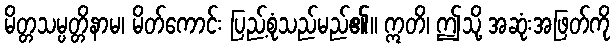
မိတ္တသမ္ပတ္တိနာမ၊ မိတ်ကောင်း ပြည့်စုံသည်မည်၏။ ဣတိ၊ ဤသို့ အဆုံးအဖြတ်ကို